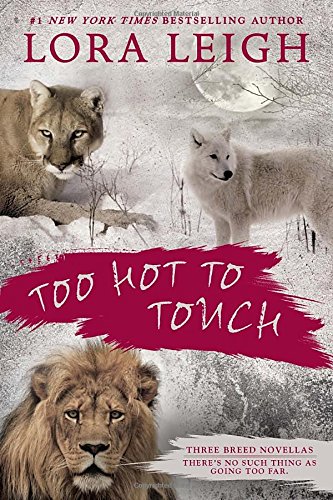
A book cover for Too Hot to Touch: Three Breeds Novellas; Lora Leigh; Romance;